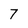
Character: 7